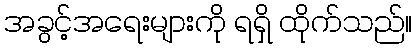
အခွင့်အရေးများကို ရရှိ ထိုက်သည်။